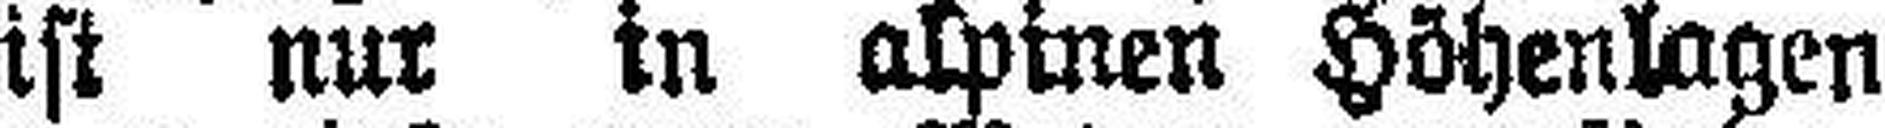
ist nur in alpinen Höhenlagen